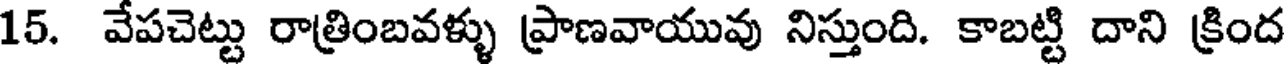
15. వేపచెట్టు రాత్రింబవళ్ళు ప్రాణవాయువు నిస్తుంది. కాబట్టి దాని క్రింద